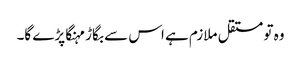
وہ تو مستقل ملازم ہے اس سے بگاڑ مہنگا پڑے گا۔